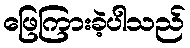
ဖြေကြားခဲ့ပါသည်